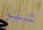
شبر